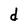
Character: d